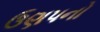
ઉણપનો